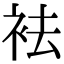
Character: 袪